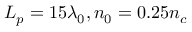
L _ { p } = 1 5 \lambda _ { 0 } , n _ { 0 } = 0 . 2 5 n _ { c }